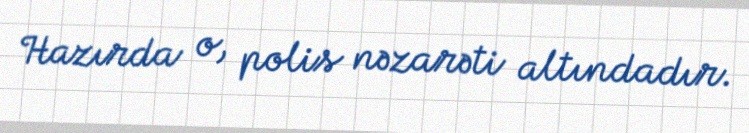
Hazırda o, polis nəzarəti altındadır.